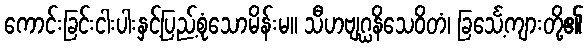
ကောင်းခြင်းငါးပါးနှင့်ပြည့်စုံသောမိန်းမ။ သီဟဗျဂ္ဃနိသေဝိတံ၊ ခြင်္သေ့ကျားတို့၏